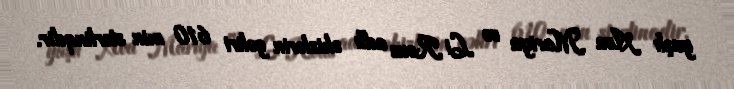
yaşlı Ava Mariya və Li Rous adlı əkizlərin gəliri 610 min sterlinqdir.